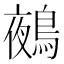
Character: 鵺